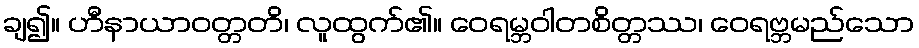
ချ၍။ ဟီနာယာဝတ္တတိ၊ လူထွက်၏။ ဝေရမ္ဘဝါတစိတ္တဿ၊ ဝေရဗ္ဘမည်သော